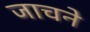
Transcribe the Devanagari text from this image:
जाचने